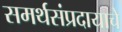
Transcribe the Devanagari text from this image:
समर्थसंप्रदायाचे